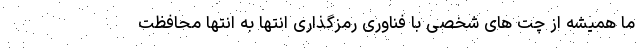
ما همیشه از چت های شخصی با فناوری رمزگذاری انتها به انتها محافظت